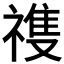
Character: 𬓏